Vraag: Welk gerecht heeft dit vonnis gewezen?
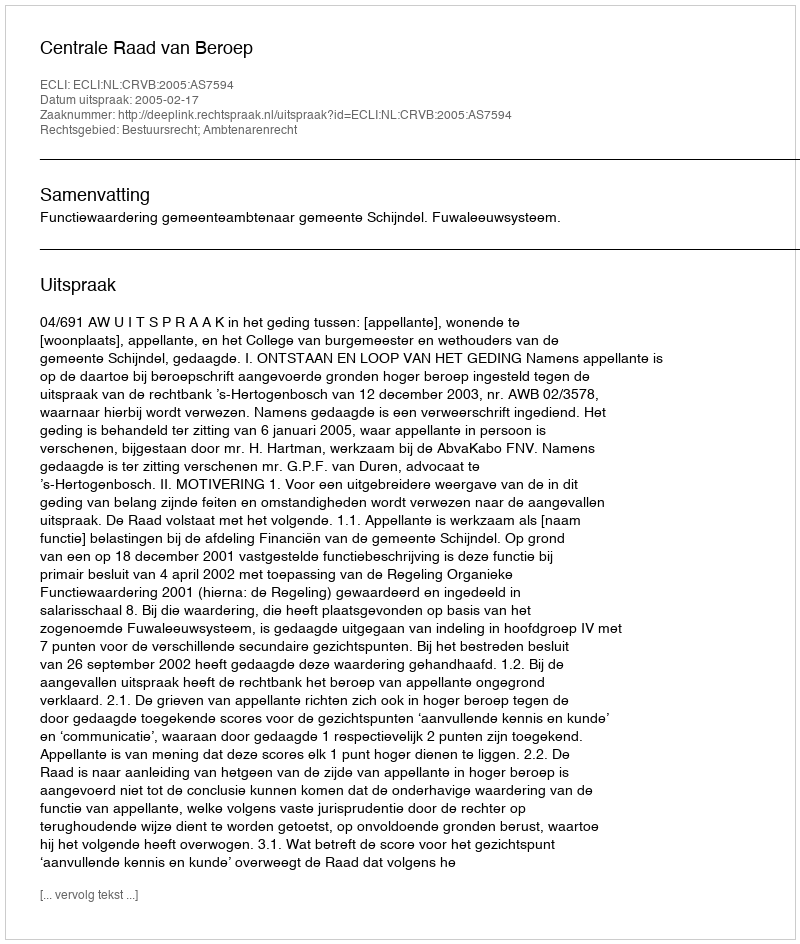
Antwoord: Centrale Raad van Beroep